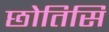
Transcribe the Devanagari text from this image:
छोतिसि